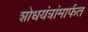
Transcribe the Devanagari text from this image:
शोधयंत्रांमार्फत